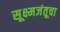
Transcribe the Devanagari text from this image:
सूक्ष्मजंतूचा